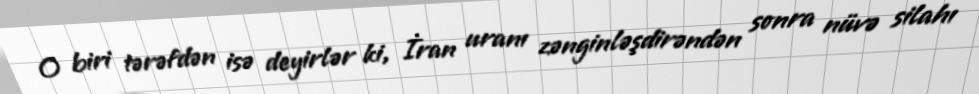
O biri tərəfdən isə deyirlər ki, İran uranı zənginləşdirəndən sonra nüvə silahı